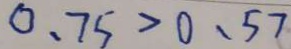
0 . 7 5 > 0 . 5 7